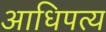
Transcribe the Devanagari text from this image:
अाधिपत्य